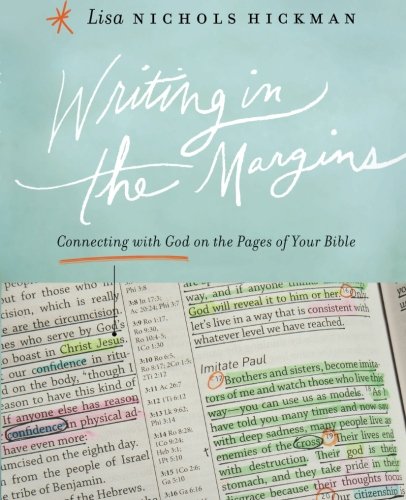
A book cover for Writing in the Margins: Connecting with God on the Pages of Your Bible; Lisa Nichols Hickman; Christian Books & Bibles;